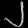
Digit: ၂